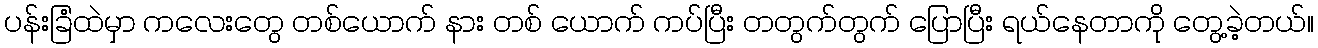
ပန်းခြံထဲမှာ ကလေးတွေ တစ်ယောက် နား တစ် ယောက် ကပ်ပြီး တတွက်တွက် ပြောပြီး ရယ်နေတာကို တွေ့ခဲ့တယ်။